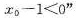
x _ { 0 } - 1 < 0$$”